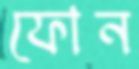
ফোন